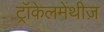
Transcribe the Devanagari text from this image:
ट्रॉकेलमेंथीज़